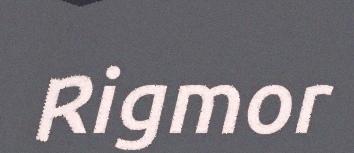
Rigmor